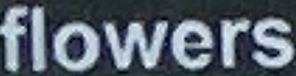
flowers